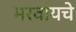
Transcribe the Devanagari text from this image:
भरवायचे